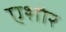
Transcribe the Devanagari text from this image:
एशोर